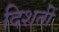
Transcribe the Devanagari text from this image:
दिशतीं